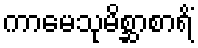
ကာမေသုမိစ္ဆာစာရိံ